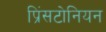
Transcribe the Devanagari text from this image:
प्रिंसटोनियन